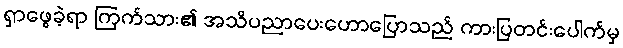
ရှာဖွေခဲ့ရာ ကြက်သား၏ အသိပညာပေးဟောပြောသည် ကားပြတင်းပေါက်မှ